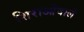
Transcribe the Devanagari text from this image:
शिराओंवाले